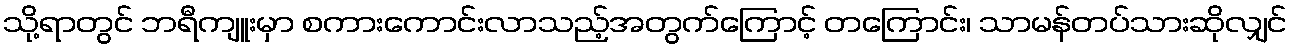
သို့ရာတွင် ဘရီကျူးမှာ စကားကောင်းလာသည့်အတွက်ကြောင့် တကြောင်း၊ သာမန်တပ်သားဆိုလျှင်